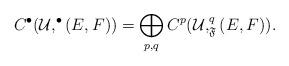
LaTeX: \begin{align*}C^{\bullet}(\mathcal{U},^{\bullet}(E,F))=\bigoplus_{p,q}C^p(\mathcal{U},^q_{\mathfrak{F}}(E,F)).\end{align*}